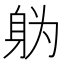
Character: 𮷓